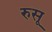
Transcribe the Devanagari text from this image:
रुसू